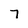
Character: 7